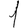
Digit: 1